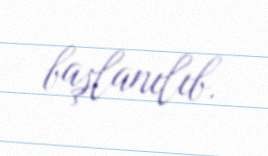
başlanılıb.